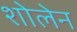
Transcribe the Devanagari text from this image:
शोलेन